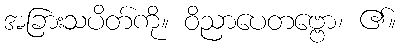
အခြားသပိတ်ကို။ ဝိညာပေတဗ္ဗော၊ ၏။